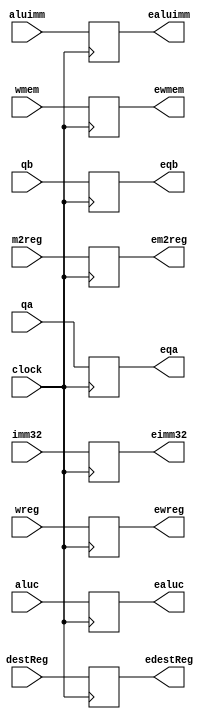
`timescale 1ns / 1ps
module IDEXE_Pipeline_Register(
    input clock,
    input wreg,    //wreg
    input m2reg,    //m2reg
    input wmem,    //wmem
    input[3:0] aluc,  //aluc
    input aluimm,      //aluimm
    input[4:0] destReg,
    input[31:0] qa,
    input[31:0] qb,
    input[31:0] imm32,
    
    
    output reg ewreg,
    output reg em2reg,
    output reg ewmem,
    output reg[3:0] ealuc,
    output reg ealuimm,
    output reg[4:0] edestReg,
    output reg[31:0] eqa,
    output reg[31:0] eqb,
    output reg[31:0] eimm32
    );
    always@(posedge clock) begin
        ewreg <= wreg;
        em2reg <= m2reg;
        ewmem <= wmem;
        ealuc <= aluc;
        ealuimm <= aluimm;
        edestReg <= destReg;
        eqa <= qa;
        eqb <= qb;
        eimm32 <= imm32;
    end
endmodule